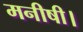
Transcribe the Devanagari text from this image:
मनीषी।